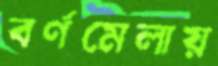
বর্ণমেলায়